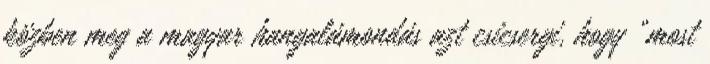
közben meg a magyar hangalámondás azt csicsergi, hogy „most